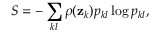
S = - \sum _ { k l } \rho ( \mathbf { z } _ { k } ) p _ { k l } \log p _ { k l } ,